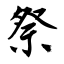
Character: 祭